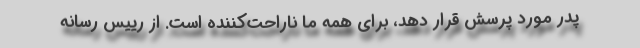
پدر مورد پرسش قرار دهد، برای همه ما ناراحت‌کننده است. از رییس رسانه